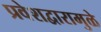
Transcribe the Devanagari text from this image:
प्रवेशद्वारामुळे